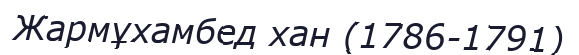
Жармұхамбед хан (1786-1791)